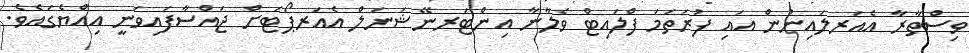
ވިސްތާރާ އެއަރލައިނުން އައި ފުރަތަމަ ފްލައިޓް ވެލާނާ އިންޓަރނޭޝަނަލް އެއަރޕޯޓަށް ޖައްސާފައިވަނީ އިއްޔެގައެވެ.